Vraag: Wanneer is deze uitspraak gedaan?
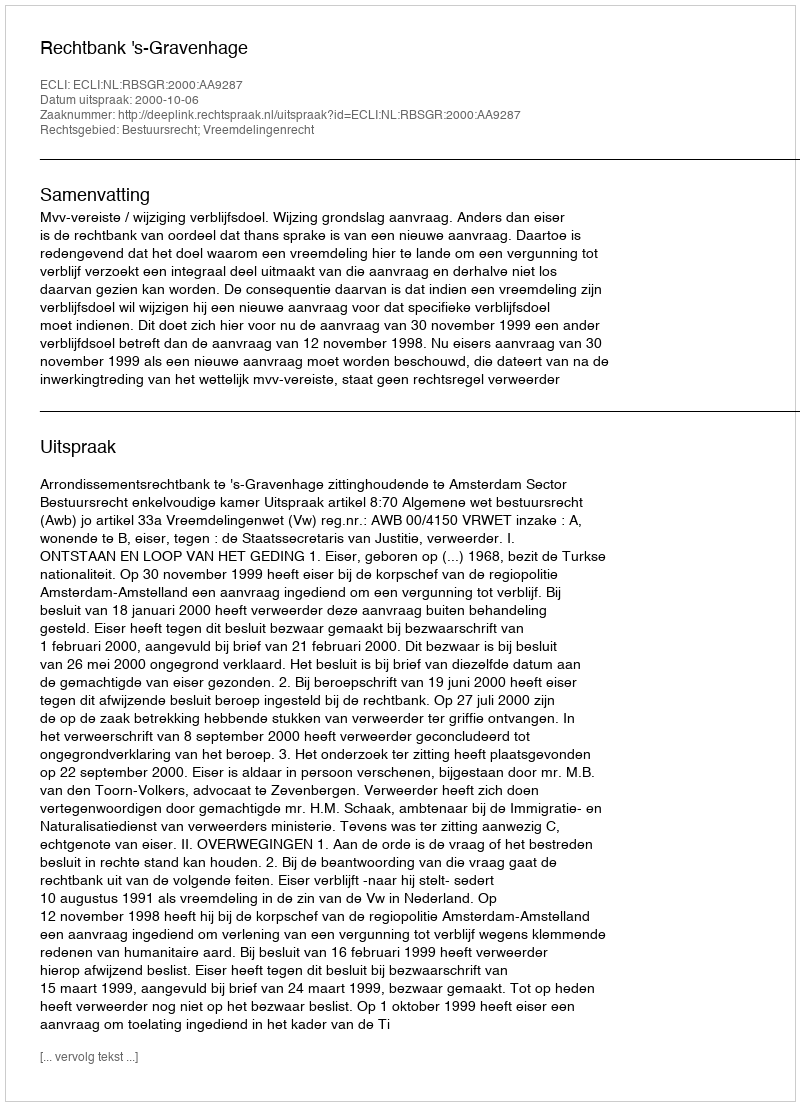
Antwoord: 2000-10-06